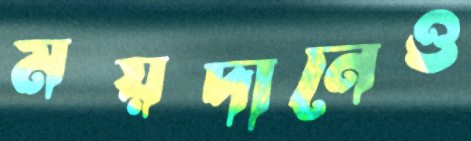
ময়দানেও